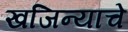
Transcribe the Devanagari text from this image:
खजिन्याचे